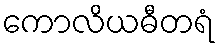
ကောလိယဓီတရံ